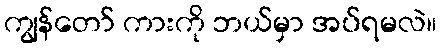
ကျွန်တော် ကားကို ဘယ်မှာ အပ်ရမလဲ။